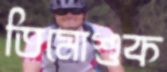
তিমোশুক